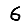
Digit: 6